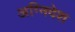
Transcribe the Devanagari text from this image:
अग्निदेश